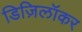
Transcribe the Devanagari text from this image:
डिज़िलॉकर